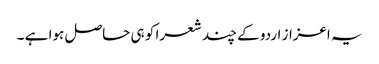
یہ اعزاز اردو کے چند شعرا کو ہی حاصل ہوا ہے ۔